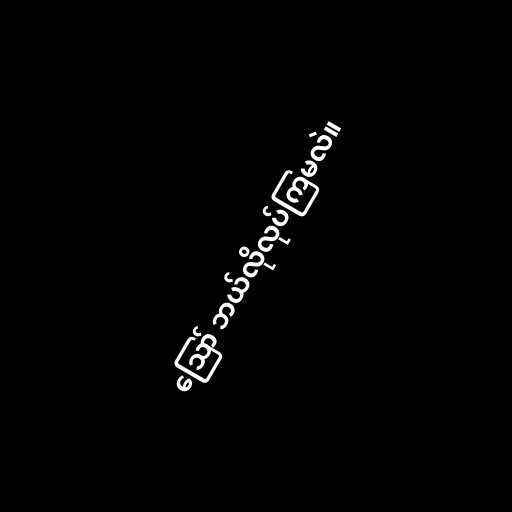
ဪ ဘယ်လိုလုပ်ကြမလဲ။